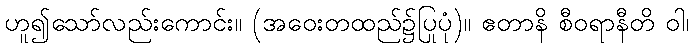
ဟူ၍သော်လည်းကောင်း။ (အဝေးတထည်၌ပြုပုံ)။ ဧတာနိ စီဝရာနီတိ ဝါ၊